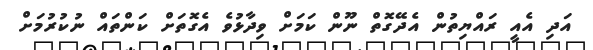
އަދި އެއީ ރައްޔިތުން އެދޭގޮތް ނޫން ކަމަށް ވިދާޅުވެ އެގޮތަށް ކަންތައް ނުކުރުމަށް